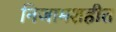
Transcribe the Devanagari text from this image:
निजामशहीत